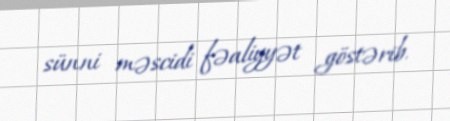
sünni məscidi fəaliyyət göstərib.